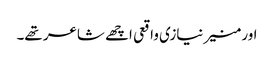
اور منیر نیازی واقعی اچھے شاعر تھے۔